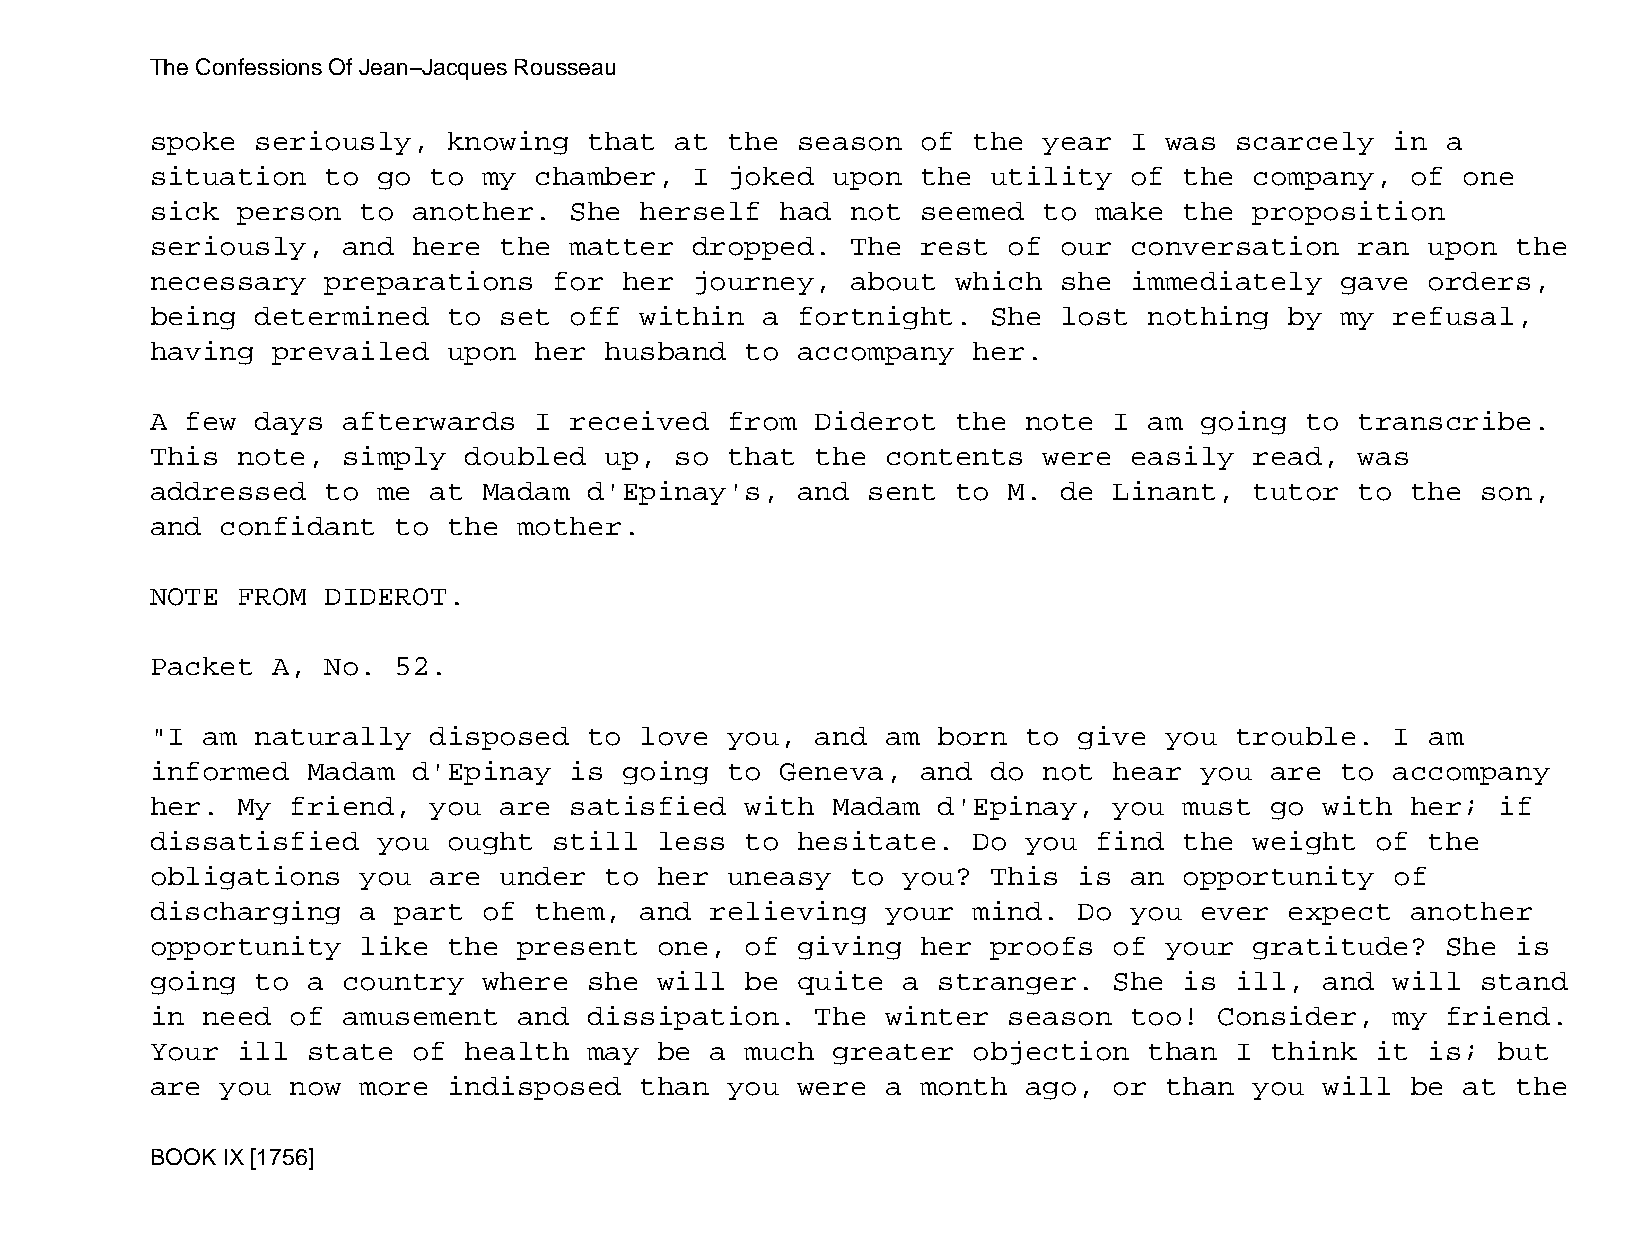
The Confessions Of Jean−Jacques Rousseau
 spoke  seriously,   knowing  that  at the  season  of the  year  I was  scarcely  in  a
 situation   to go to  my chamber,   I joked  upon  the  utility  of the  company,  of  one
 sick  person  to another.   She herself   had not  seemed  to make  the  proposition
 seriously,   and here  the  matter  dropped.  The  rest  of our  conversation   ran  upon the
 necessary   preparations   for her  journey,  about  which  she  immediately   gave  orders,
 being  determined   to set  off within  a  fortnight.   She lost  nothing  by  my refusal,
 having  prevailed   upon her  husband  to  accompany  her.
 A few  days  afterwards  I  received  from  Diderot  the  note  I am going  to  transcribe.
 This  note,  simply  doubled  up,  so that  the  contents  were  easily  read,  was
 addressed   to me at  Madam  d'Epinay's,   and sent  to  M. de  Linant,  tutor  to the  son,
 and  confidant  to  the mother.
 NOTE  FROM  DIDEROT.
 Packet  A,  No. 52.
 "I am  naturally  disposed   to love  you,  and  am born  to give  you  trouble.  I  am
 informed  Madam  d'Epinay   is going  to  Geneva,  and  do not  hear you  are  to accompany
 her.  My friend,  you  are  satisfied  with  Madam  d'Epinay,   you must  go  with her;  if
 dissatisfied   you  ought  still  less to  hesitate.  Do  you find  the  weight  of  the
 obligations   you are  under  to  her uneasy  to  you?  This is  an opportunity   of
 discharging   a part  of them,  and  relieving   your mind.  Do  you ever  expect  another
 opportunity   like  the present   one, of  giving  her  proofs  of your  gratitude?   She is
 going  to a  country  where  she  will be  quite  a stranger.   She is  ill,  and will  stand
 in need  of  amusement  and  dissipation.   The  winter  season  too!  Consider,  my  friend.
 Your  ill state  of  health  may  be a much  greater  objection   than  I think  it  is; but
 are  you now  more  indisposed  than  you  were  a month  ago,  or than  you  will be  at the
 BOOK IX [1756]